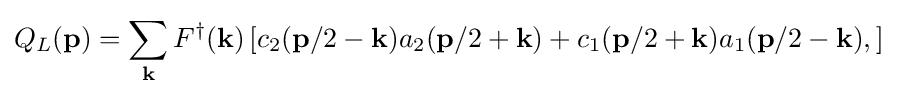
Q_{L}(\mathbf {p} )=\sum _{\mathbf {k} }F^{\dagger }(\mathbf {k} )\left[c_{2}(\mathbf {p} /2-\mathbf {k} )a_{2}(\mathbf {p} /2+\mathbf {k} )+c_{1}(\mathbf {p} /2+\mathbf {k} )a_{1}(\mathbf {p} /2-\mathbf {k} ),\right]